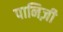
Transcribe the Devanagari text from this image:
पानिज़ी